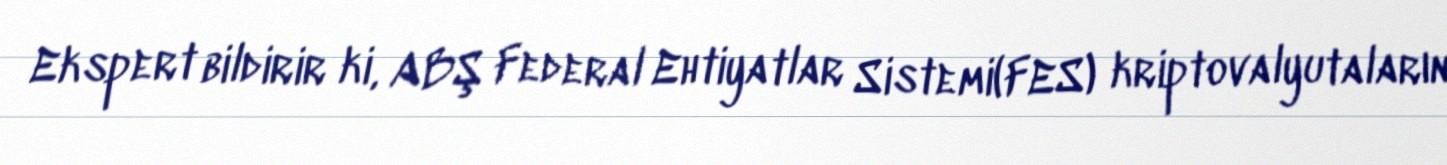
Ekspert bildirir ki, ABŞ Federal Ehtiyatlar Sistemi(FES) kriptovalyutaların